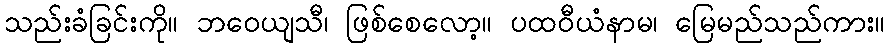
သည်းခံခြင်းကို။ ဘဝေယျသီ၊ ဖြစ်စေလော့။ ပထဝီယံနာမ၊ မြေမည်သည်ကား။